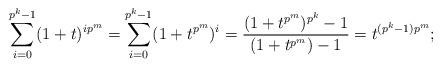
LaTeX: \begin{align*} \sum_{i=0}^{p^k-1} (1+t)^{i p^m} = \sum_{i=0}^{p^k-1} (1+t^{p^m})^i = \frac{(1+t^{p^m})^{p^k}-1}{(1+t^{p^m}) -1} = t^{(p^k-1)p^m}; \end{align*}